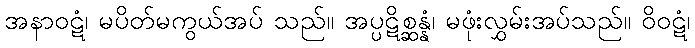
အနာဝဋံ၊ မပိတ်မကွယ်အပ် သည်။ အပ္ပဋိစ္ဆန္နံ၊ မဖုံးလွှမ်းအပ်သည်။ ဝိဝဋံ၊